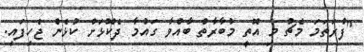
"ފުރަތަމަ މެޗު މި އޮތީ މުބާރާތް ބާއްވާ ގައުމާ ދެކޮޅަށް ކުޅެން ޖެހިފައި.